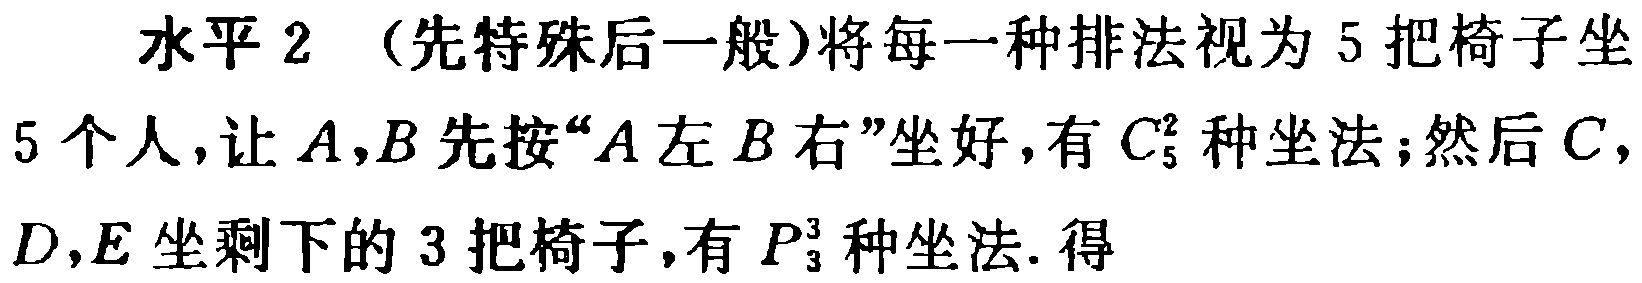
水平 2 （先特殊后一般）将每一种排法视为 5 把椅子坐
5 个人，让 \(A,B\) 先按“\(A\) 左 \(B\) 右”坐好，有 \(C_{5}^{2}\) 种坐法；然后 \(C\)，
\(D,E\) 坐剩下的 3 把椅子，有 \(P_{3}^{3}\) 种坐法. 得